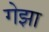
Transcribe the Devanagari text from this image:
गेझा